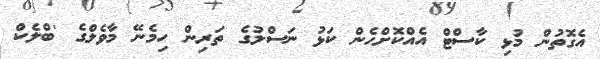
އެގޮތުން މުޅި ކާސްޓް އެއްކޮށްހެން ކަޅު ނަސްލުގެ ތަރިން ހިމެނޭ މާވެލްގެ 'ބްލެކް